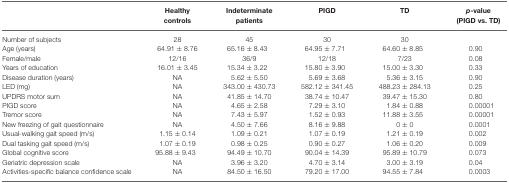
<table><thead><tr><td></td><td><b>Healthy controls</b></td><td><b>Indeterminate patients</b></td><td><b>PIGD</b></td><td><b>TD</b></td><td><b><i>p</i>-value (PIGD vs. TD)</b></td></tr></thead><tbody><tr><td>Number of subjects</td><td>28</td><td>45</td><td>30</td><td>30</td><td></td></tr><tr><td>Age (years)</td><td>64.91 ± 8.76</td><td>65.16 ± 8.43</td><td>64.95 ± 7.71</td><td>64.60 ± 8.85</td><td>0.90</td></tr><tr><td>Female/male</td><td>12/16</td><td>36/9</td><td>12/18</td><td>7/23</td><td>0.08</td></tr><tr><td>Years of education</td><td>16.01 ± 3.45</td><td>15.34 ± 3.22</td><td>15.80 ± 3.90</td><td>15.00 ± 3.30</td><td>0.33</td></tr><tr><td>Disease duration (years)</td><td>NA</td><td>5.62 ± 5.50</td><td>5.69 ± 3.68</td><td>5.36 ± 3.15</td><td>0.90</td></tr><tr><td>LED (mg)</td><td>NA</td><td>343.00 ± 430.73</td><td>582.12 ± 341.45</td><td>488.23 ± 284.13</td><td>0.25</td></tr><tr><td>UPDRS motor sum</td><td>NA</td><td>41.85 ± 14.70</td><td>38.74 ± 10.47</td><td>39.47 ± 15.30</td><td>0.80</td></tr><tr><td>PIGD score</td><td>NA</td><td>4.65 ± 2.58</td><td>7.29 ± 3.10</td><td>1.84 ± 0.88</td><td>0.00001</td></tr><tr><td>Tremor score</td><td>NA</td><td>7.43 ± 5.97</td><td>1.52 ± 0.93</td><td>11.88 ± 3.55</td><td>0.00001</td></tr><tr><td>New freezing of gait questionnaire</td><td>NA</td><td>4.50 ± 7.66</td><td>8.16 ± 9.88</td><td>0 ± 0</td><td>0.0001</td></tr><tr><td>Usual-walking gait speed (m/s)</td><td>1.15 ± 0.14</td><td>1.09 ± 0.21</td><td>1.07 ± 0.19</td><td>1.21 ± 0.19</td><td>0.002</td></tr><tr><td>Dual tasking gait speed (m/s)</td><td>1.07 ± 0.19</td><td>0.98 ± 0.25</td><td>0.90 ± 0.27</td><td>1.06 ± 0.20</td><td>0.009</td></tr><tr><td>Global cognitive score</td><td>95.88 ± 9.43</td><td>94.49 ± 10.70</td><td>90.04 ± 14.39</td><td>95.89 ± 10.79</td><td>0.073</td></tr><tr><td>Geriatric depression scale</td><td>NA</td><td>3.96 ± 3.20</td><td>4.70 ± 3.14</td><td>3.00 ± 3.19</td><td>0.04</td></tr><tr><td>Activities-specific balance confidence scale</td><td>NA</td><td>84.50 ± 16.50</td><td>79.20 ± 17.00</td><td>94.55 ± 7.84</td><td>0.0003</td></tr></tbody></table>